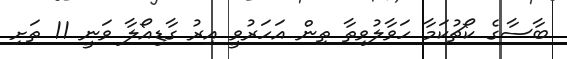
ބާސާގެ ކޯޗުކަމާ ހަވާލުވިތާ ތިން އަހަރުވީ އިރު ގާޑިއޯލާ ވަނީ 11 ތަށި